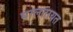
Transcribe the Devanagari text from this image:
घालतायत